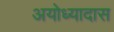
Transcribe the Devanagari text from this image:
अयोध्यादास